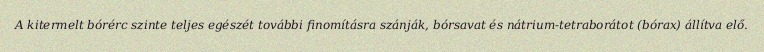
A kitermelt bórérc szinte teljes egészét további finomításra szánják, bórsavat és nátrium-tetraborátot (bórax) állítva elő.